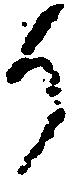
候